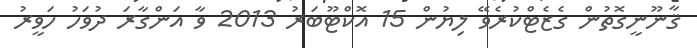
ޤާނޫނީގޮތުން ގެޒެޓްކުރެވޭ ލިޔުން 15 އޮކްޓޫބަރު 2013 ވާ އަންގާރަ ދުވަހު ހަވީރު